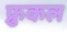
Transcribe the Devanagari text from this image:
फ्रुकल